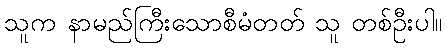
သူက နာမည်ကြီးသောစီမံတတ် သူ တစ်ဦးပါ။